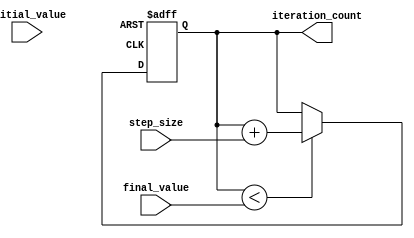
module incremental_for_loop (
    input initial_value,
    input final_value,
    input step_size,
    output reg [31:0] iteration_count
);

always @ (posedge clk or negedge rst_n) begin
    if (~rst_n) begin
        iteration_count <= 0;
    end else begin
        if (iteration_count < final_value) begin
            iteration_count <= iteration_count + step_size;
        end
    end
end

endmodule